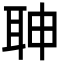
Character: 䎶